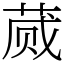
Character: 蒇